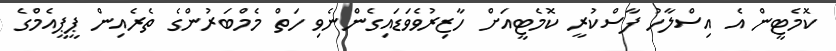
ކޮމެޓީން އެ އިސްލާހު ފާސްކުރީ ކޮމެޓީއަށް ހާޒިރުވެވަޑައިގެންނެވި ހަތް މެމްބަރުންގެ ތެރެއިން ޕީޕީއެމްގެ